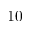
1 0